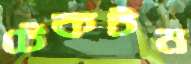
টেকটন